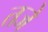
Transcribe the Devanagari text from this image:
तजे